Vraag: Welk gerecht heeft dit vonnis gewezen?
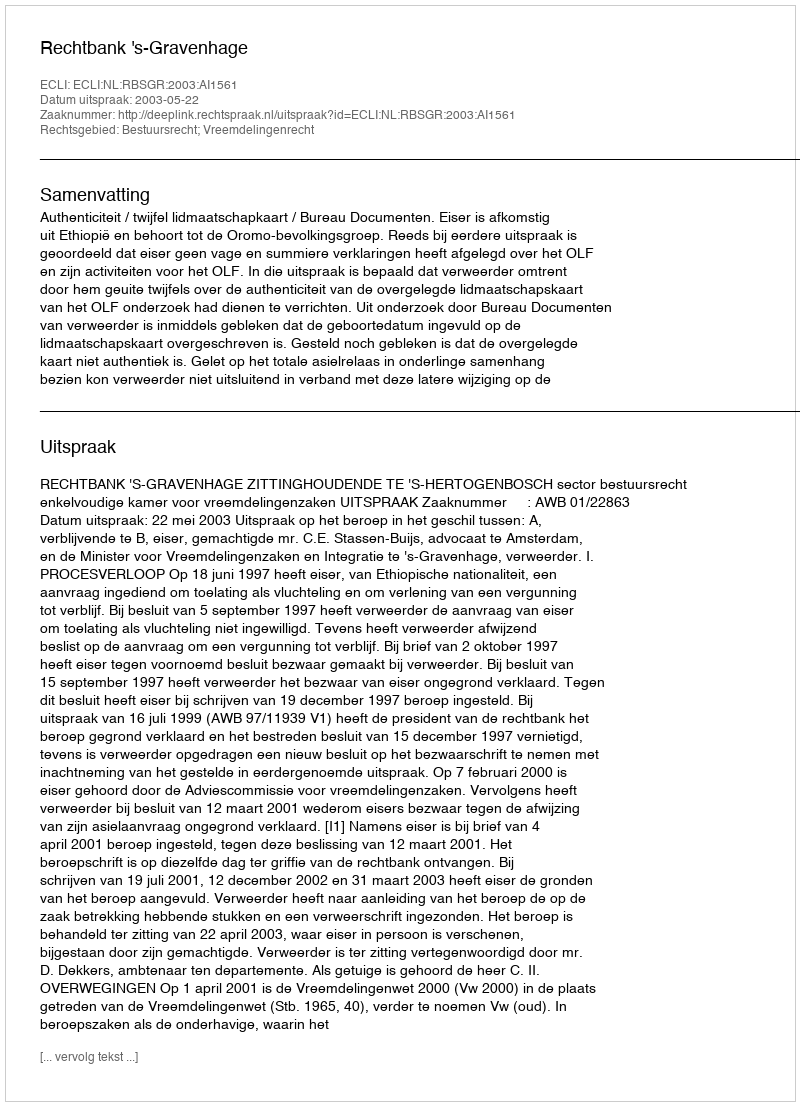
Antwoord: Rechtbank 's-Gravenhage